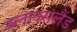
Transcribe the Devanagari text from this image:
ब्लाक्सलैंड